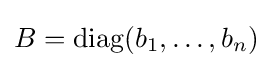
{\textstyle B=\operatorname {diag} (b_{1},\dots ,b_{n})}